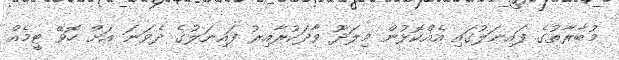
މުބާރާތުގެ ފައިނަލުގައި އެއްކޮޅުން މިލަދޫ ވާދަކުރާއިރު ފައިނަލުގެ ދެވަނަ އަށް ހޮވޭ ޓީމެއް